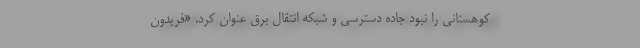
کوهستانی را نبود جاده دسترسی و شبکه انتقال برق عنوان کرد. «فریدون